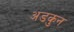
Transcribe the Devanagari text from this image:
अडकुन